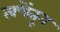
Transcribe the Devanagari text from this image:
त्वचेंतून